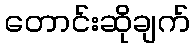
တောင်းဆိုချက်